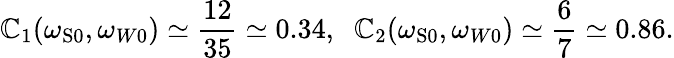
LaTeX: \mathbb{C}_{1}(\omega_{\mathrm{{{S}0}}},\omega_{W0})\simeq\frac{{12}}{{35}}\simeq0.34,\; \; \mathbb{C}_{2}(\omega_{\mathrm{{{S}0}}},\omega_{W0})\simeq\frac{{6}}{{7}}\simeq0.86.